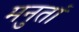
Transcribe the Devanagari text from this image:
मनुतां